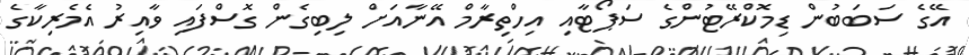
އޭގެ ސަބަބުން ޑިމޮކްރޭޓުންގެ ސަޕޯޓާއި އިހްތިރާމް އޭނާއަށް ލިބިގެން ގޮސްފައި ވާއިރު އެމެރިކާގެ